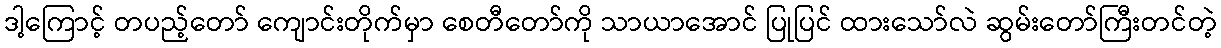
ဒါ့ကြောင့် တပည့်တော် ကျောင်းတိုက်မှာ စေတီတော်ကို သာယာအောင် ပြုပြင် ထားသော်လဲ ဆွမ်းတော်ကြီးတင်တဲ့